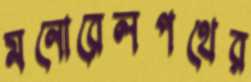
মনোরেলপথের